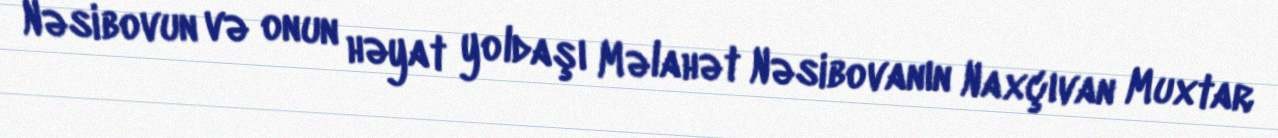
Nəsibovun və onun həyat yoldaşı Məlahət Nəsibovanın Naxçıvan Muxtar